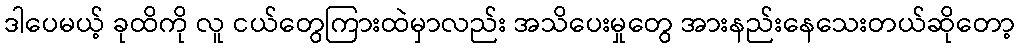
ဒါပေမယ့် ခုထိကို လူ ငယ်တွေကြားထဲမှာလည်း အသိပေးမှုတွေ အားနည်းနေသေးတယ်ဆိုတော့